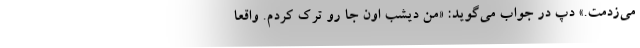
می‌زدمت.» دپ در جواب می‌گوید: «من دیشب اون جا رو ترک کردم. واقعاً